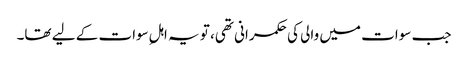
جب سوات میں والی کی حکمرانی تھی، تو یہ اہلِ سوات کے لیے تھا۔